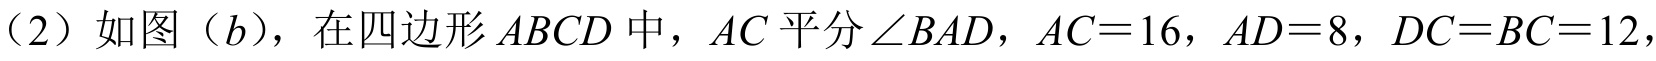
(2) 如图（\(b\)），在四边形 \(ABCD\) 中，\(AC\) 平分 \(\angle BAD\)，\(AC = 16\)，\(AD = 8\)，\(DC = BC = 12\)，